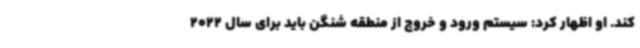
کند. او اظهار کرد: سیستم ورود و خروج از منطقه شنگن باید برای سال 2022